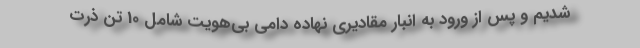
شدیم و پس از ورود به انبار مقادیری نهاده دامی بی‌هویت شامل 10 تن ذرت